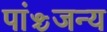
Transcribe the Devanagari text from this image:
पांञ्चजन्य